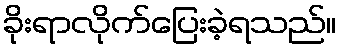
ခိုးရာလိုက်ပြေးခဲ့ရသည်။